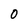
Character: 0